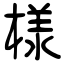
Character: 様